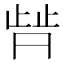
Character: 𬆀